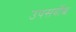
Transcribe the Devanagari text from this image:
उपसर्वोच्च